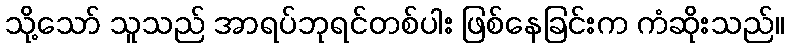
သို့သော် သူသည် အာရပ်ဘုရင်တစ်ပါး ဖြစ်နေခြင်းက ကံဆိုးသည်။